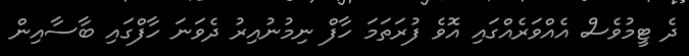
ދެ ޓީމުވެސް އެއްވަރެއްގައި އޮވެ ފުރަތަމަ ހާފް ނިމުނުއިރު ދެވަނަ ހާފްގައި ބާސާއިން